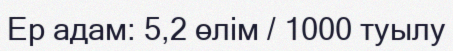
Ер адам: 5,2 өлім / 1000 туылу